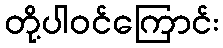
တို့ပါဝင်ကြောင်း